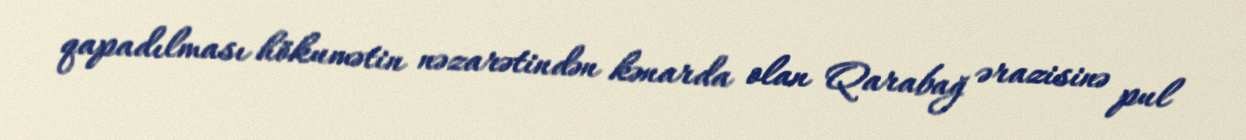
qapadılması hökumətin nəzarətindən kənarda olan Qarabağ ərazisinə pul